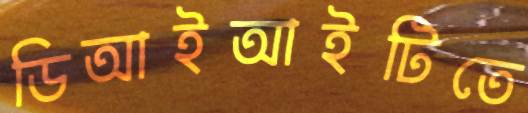
ডিআইআইটিতে